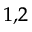
^ { 1 , 2 }